Annual statistical returns and brief notes on vaccination in Bengal - 1896-1909
Year: 1896
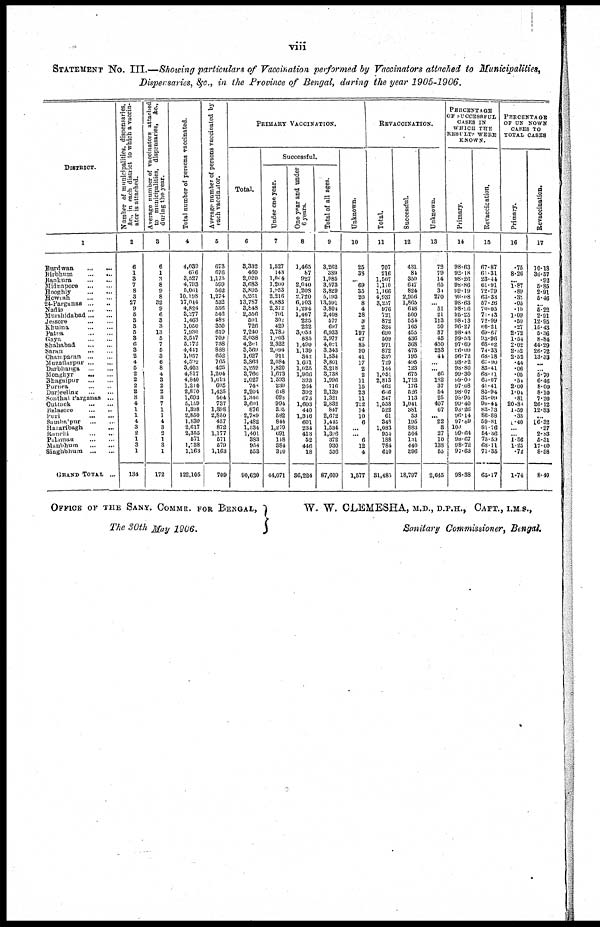
viii
STATEMENT NO. III.—Showing particulars of Vaccination performed by Vaccinators attached to Municipalities,
Dispensaries, &c., in the Province of Bengal, during the year 1905-1906.
DISTRICT.
1
Burdwan
...
...
Birbhum
...
...
Bankura
...
...
Midnapore ... ...
Hooghly
...
...
Howrah
...
...
24-Pargunas
...
...
Nadia
...
...
Murshidabad ... ...
Jessore
...
...
Khulna
...
...
Patna
...
...
Gaya
...
...
Shahabad ... ...
Saran
...
...
Champaran ... ...
Muzaffarpur
...
...
Darbhanga
...
...
Monghyr
...
...
Bhagalpur
...
...
Purnea ... ...
Darjeeling
...
...
Sonthal Parganas ...
Cuttack
...
...
Balasore
...
...
Puri
...
...
Sambalpur...
...
Hazaribagh ... ...
Ranchi
...
...
Palamau
...
...
Manbhum
...
...
Singhbhum
...
...
GRAND TOTAL ...
Number of municipalities, dispensaries,
&c, in each district to which a vaccin-
ator is attached.
2
6
1
3
7
8
3
27
9
5
3
3
5
3
6
3
2
4
5
2 2
2
8
3
4
1
1
4
3
2
1
3
1
134
Average number of vaccinators attached
to municipalities, dispensaries, &c.,
during the year.
3
6
1
3
8
9
8
32
9
6
3
3
13
5
7
5
3
6
8
4
3
2
2
3
7
1
1
4
3
2
1
3
1
172
Total number of persons vaccinated.
4
4,039
676
3,527
4,793
5,061
10,198
17,044
4,824
3,277
1,463
1,050
7,930
3,517
5,172
4,441
1,957
4,502
3,403
4,817
4,840
1,210
2,870
1,693
5,159
1,398
2,850
1,830
2,617
2,355
571
1,738
1,163
122,105
Average number of persons vaccinated by
each vaccinator.
5
673
676
1,175
599
562
1,274
532
536
546
486
350
610
709
738
888
652
765
425
1,204
1,613
605
1,435
564
737
1,398
2,850
457
872
1,177
571
579
1,163
709
PRIMARY VACCINATION.
Total.
6
3,332
460
2,020
3,683
3,895
5,261
13,787
3,848
2,556
591
726
7,240
3,038
4,20l
3,569
1,627
3,863
3,259
3,766
2,027
748
2,204
1,346
3,601
876
2,789
1,482
1,534
1,401
383
954
553
90,620
Successful.
Under one year.
7
1,527
143
1,044
1,200
1,953
2,216
6,883
2,372
701
302
429
3,780
1,903
2,322
2,094
911
2,084
1,820
1,673
1,593
239
618
628
994
305
582
844
1,279
691
118
384
310
44,071
One year and under
6 years.
8
1,465
87
927
2,040
1,208
2,720
6,103
1,294
1,467
225
222
3,053
885
1,490
1,139
342
1,691
1,025
1,966
393
264
392
673
1,603
440
1,316
601
234
413
52
446
18
36,224
Total of all ages.
9
3,262
339
1,985
3,573
3,829
5,193
13,591
3,804
2,408
577
697
6,933
2,977
4,001
3,343
1,534
3,801
3,218
2,738
1,996
716
2,139
1,321
2,832
847
2,672
1,415
1,534
1,396
372
930
536
87,609
Unknown.
10
25
37
...
69
35
20
8
4
28
3
2
197
47
85
90
41
17
2
2
11
15
23
11
752
14
10
6
...
... 6
12
4
1,577
REVACCINATION.
Total.
11
707
216
1,507
1,110
1,166
4,937
3,257
976
721
872
324
690
509
971
872
330
729
144
1,051
2,813
462
606
347
1,558
522
61
348
1,083
954
188
784
610
31,483
Successful.
12
431
84
350
647
824
2,956
1,865
648
500
554
165
455
436
368
475
195
405
123
675
1,712
176
526
113
1,041
381
53
195
883
504
131
440
396
18,797
Unknown.
13
72
79
14
65
34
270
... 51
21
113
50
37
45
430
233
41
...
... 66
182
37
54
25
407
67
...
22
3
27
10
138
55
2,645
PERCENTAGE
OF SUCCESSFUL
CASES IN
WHICH THE
RESULTS WERE
KNOWN.
Primary.
14
98.63
92.18
98.26
98.86
99.19
99.08
98.63
98.06
96.25
98.13
96.27
98.43
99.53
97.69
96.09
96.72
98.82
98.80
99.30
99.00
97.68
98.07
98.95
99.40
98.26
96.14
97.89
100
99.64
98.67
98.72
97.63
98.38
Revaccination.
15
67.87
61.31
23.44
61.91
72.79
63.33
57.26
70.05
71.43
72.99
60.21
69.67
93.96
68.02
74.33
68.18
67.90
85.41
68.11
65.07
41.41
85.94
35.09
90.44
83.73
86.88
59.81
81.76
54.36
73.59
68.11
71.35
65.17
PERCENTAGE
OF UN NOWN
CASES TO
TOTAL CASES
Primary.
16
.75
8.26
...
1.87
.89
.38
.05
.10
1.09
.50
.27
2.72
1.54
2.02
2.52
2.52
.44
.06
.05
.54
2.00
1.01
.81
20.80
1.59
.35
1.40
...
...
1.56
1.25
.72
1.74
Revaccination.
17
10.13
36.57
.92
5.85
2.91
5.46
...
5.22
2.91
12.95
16.43
5.36
8.84
44.29
26.72
13.33
...
...
5.70
6.46
8.00
8.10
7.20
26.12
12.83
...
6.32
.27
2.83
5.31
17.60
8.98
8.40
OFFICE OF THE SANY. COMMR. FOR BENGAL,
The 30th May 1906.
W. W. CLEMESHA, M.D., D.P.H., CAPT., I.M.S.,
Sanitary Commissioner, Bengal.